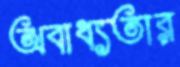
অবাধ্যতার